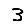
Digit: 3